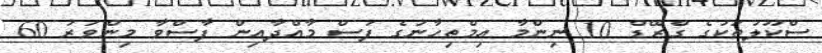
ސްކޫލުތަކުގެ ގްރޭޑް 10 ނިންމާ އިމްތިހާނުގެ ފަސް މާއްދާއިން ފާސްވާ މިންވަރު 60